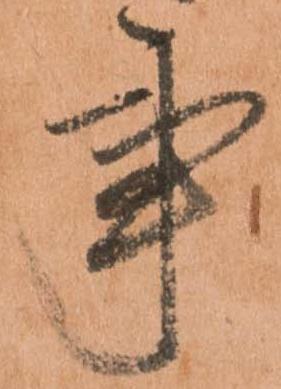
事